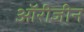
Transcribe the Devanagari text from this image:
ऑरीजीन